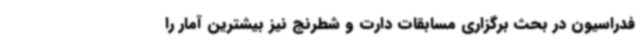
فدراسیون در بحث برگزاری مسابقات دارت و شطرنج نیز بیشترین آمار را